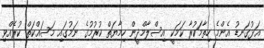
އަޅުގަނޑު އެންމެ ހިތާމަކުރާ ކަމަކީ އިސްލާމްދީން ހިމާޔަތް ކުރުމުގެ ނަމުގައި މަސައްކަތް ކުރެއްވި